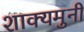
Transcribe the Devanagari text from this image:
शाक्यमुनी